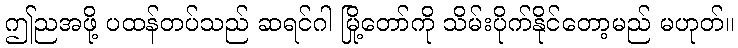
ဤညအဖို့ ပထန်တပ်သည် ဆရင်ဂါ မြို့တော်ကို သိမ်းပိုက်နိုင်တော့မည် မဟုတ်။